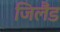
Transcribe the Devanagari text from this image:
जिलैंड